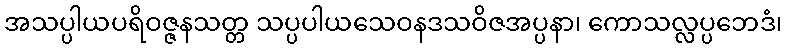
အသပ္ပါယပရိဝဇ္ဇနသတ္တ သပ္ပပါယသေဝနဒသဝိဇအပ္ပနာ၊ ကောသလ္လပ္ပဘေဒံ၊